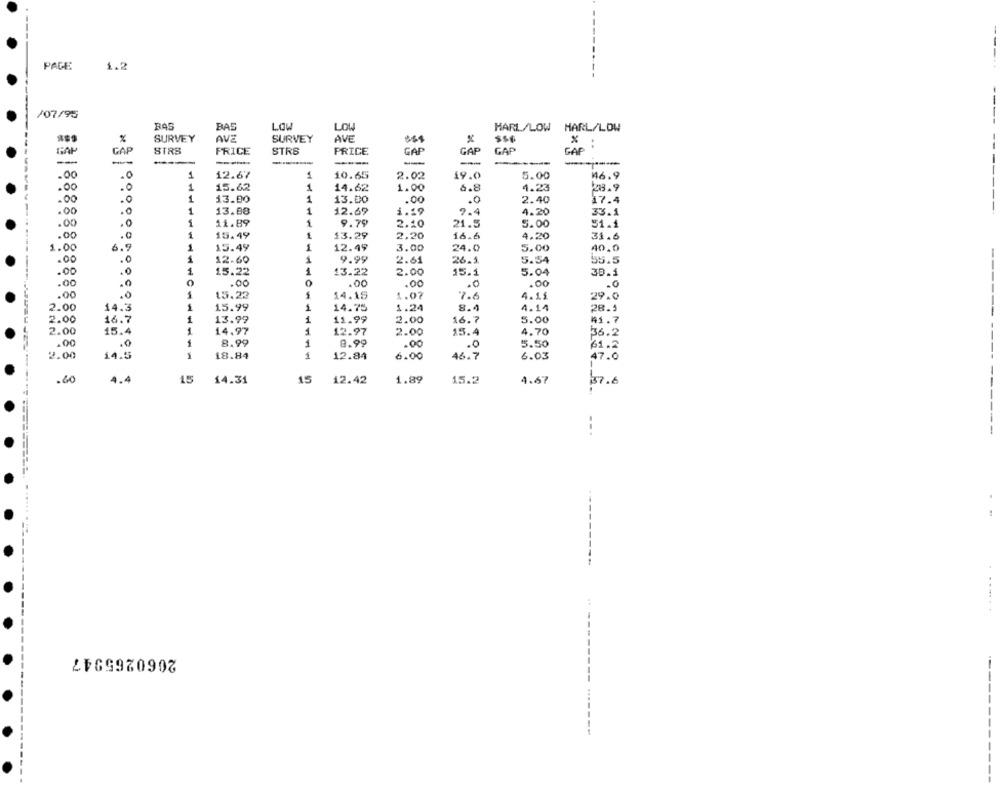
PAGE
1.2
/07/95
BAS
LOW
LOW
MARL/LOW MARL/LOW
SURVEY
AVE
SURVEY
AVE
%
..
CAP
PRICE
STRS
PRICE
GAP
GAP
GAP
GAP
--
-
.00
1
12.67
10.65
2.02
19.0
5.00
16.9
.0
---
.00
.0
1
15.62
14.62
1.00
6.8
4.23
28.9
.00
.0
1
13.00
1
13.00
.00
2.40
17.4
.0
---
.00
.0
1
13.88
1
12.69
1.29
9.4
4.20
33.1
.00
.0
11.89
9.79
2.10
21.5
5.00
51.1
.00
.0
1
15.49
$3.29
2,20
16.6
4.20
31.6
1.00
6.9
12.49
15.49
1
3.00
24.0
5.00
40.0
.00
.0
12.60
1
9.99
2.61
26.1
5.54
55.5
1
1
.00
.0
15.22
13.22
2.00
15.1
5.04
30.1
.00
.0
.00
.00
.00
.00
.0
.0
14.15
.00
15.23
1.07
7.6
4.15
----
2.00
1.
1
15.99
1
14.75
1.24
8.4
4.14
2.00
16
1
13.99
1
11.99
2.00
16.7
5.00
41.7
2.00
15
1
14.97
12.97
2.00
15.4
4.70
36.2
.00
1
8.99
1
8.99
.00
.0
5.50
61.2
2.00
14.5
18.84
1
12.84
6.00
46.7
6.03
47.0
.40
4.4
15
14.31
15
12.42
1.89
15.2
4.67
37.6
--.
2060265947